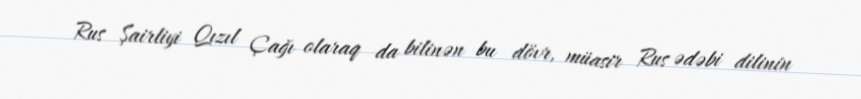
Rus Şairliyi Qızıl Çağı olaraq da bilinən bu dövr, müasir Rus ədəbi dilinin